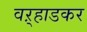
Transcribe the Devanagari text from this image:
वऱ्हाडकर